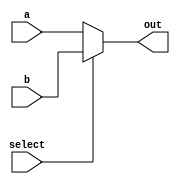
module multiplexer(input a, input b, input select, output out);

assign out = select ? b : a;

endmodule